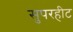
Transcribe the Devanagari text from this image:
सुपरहीट